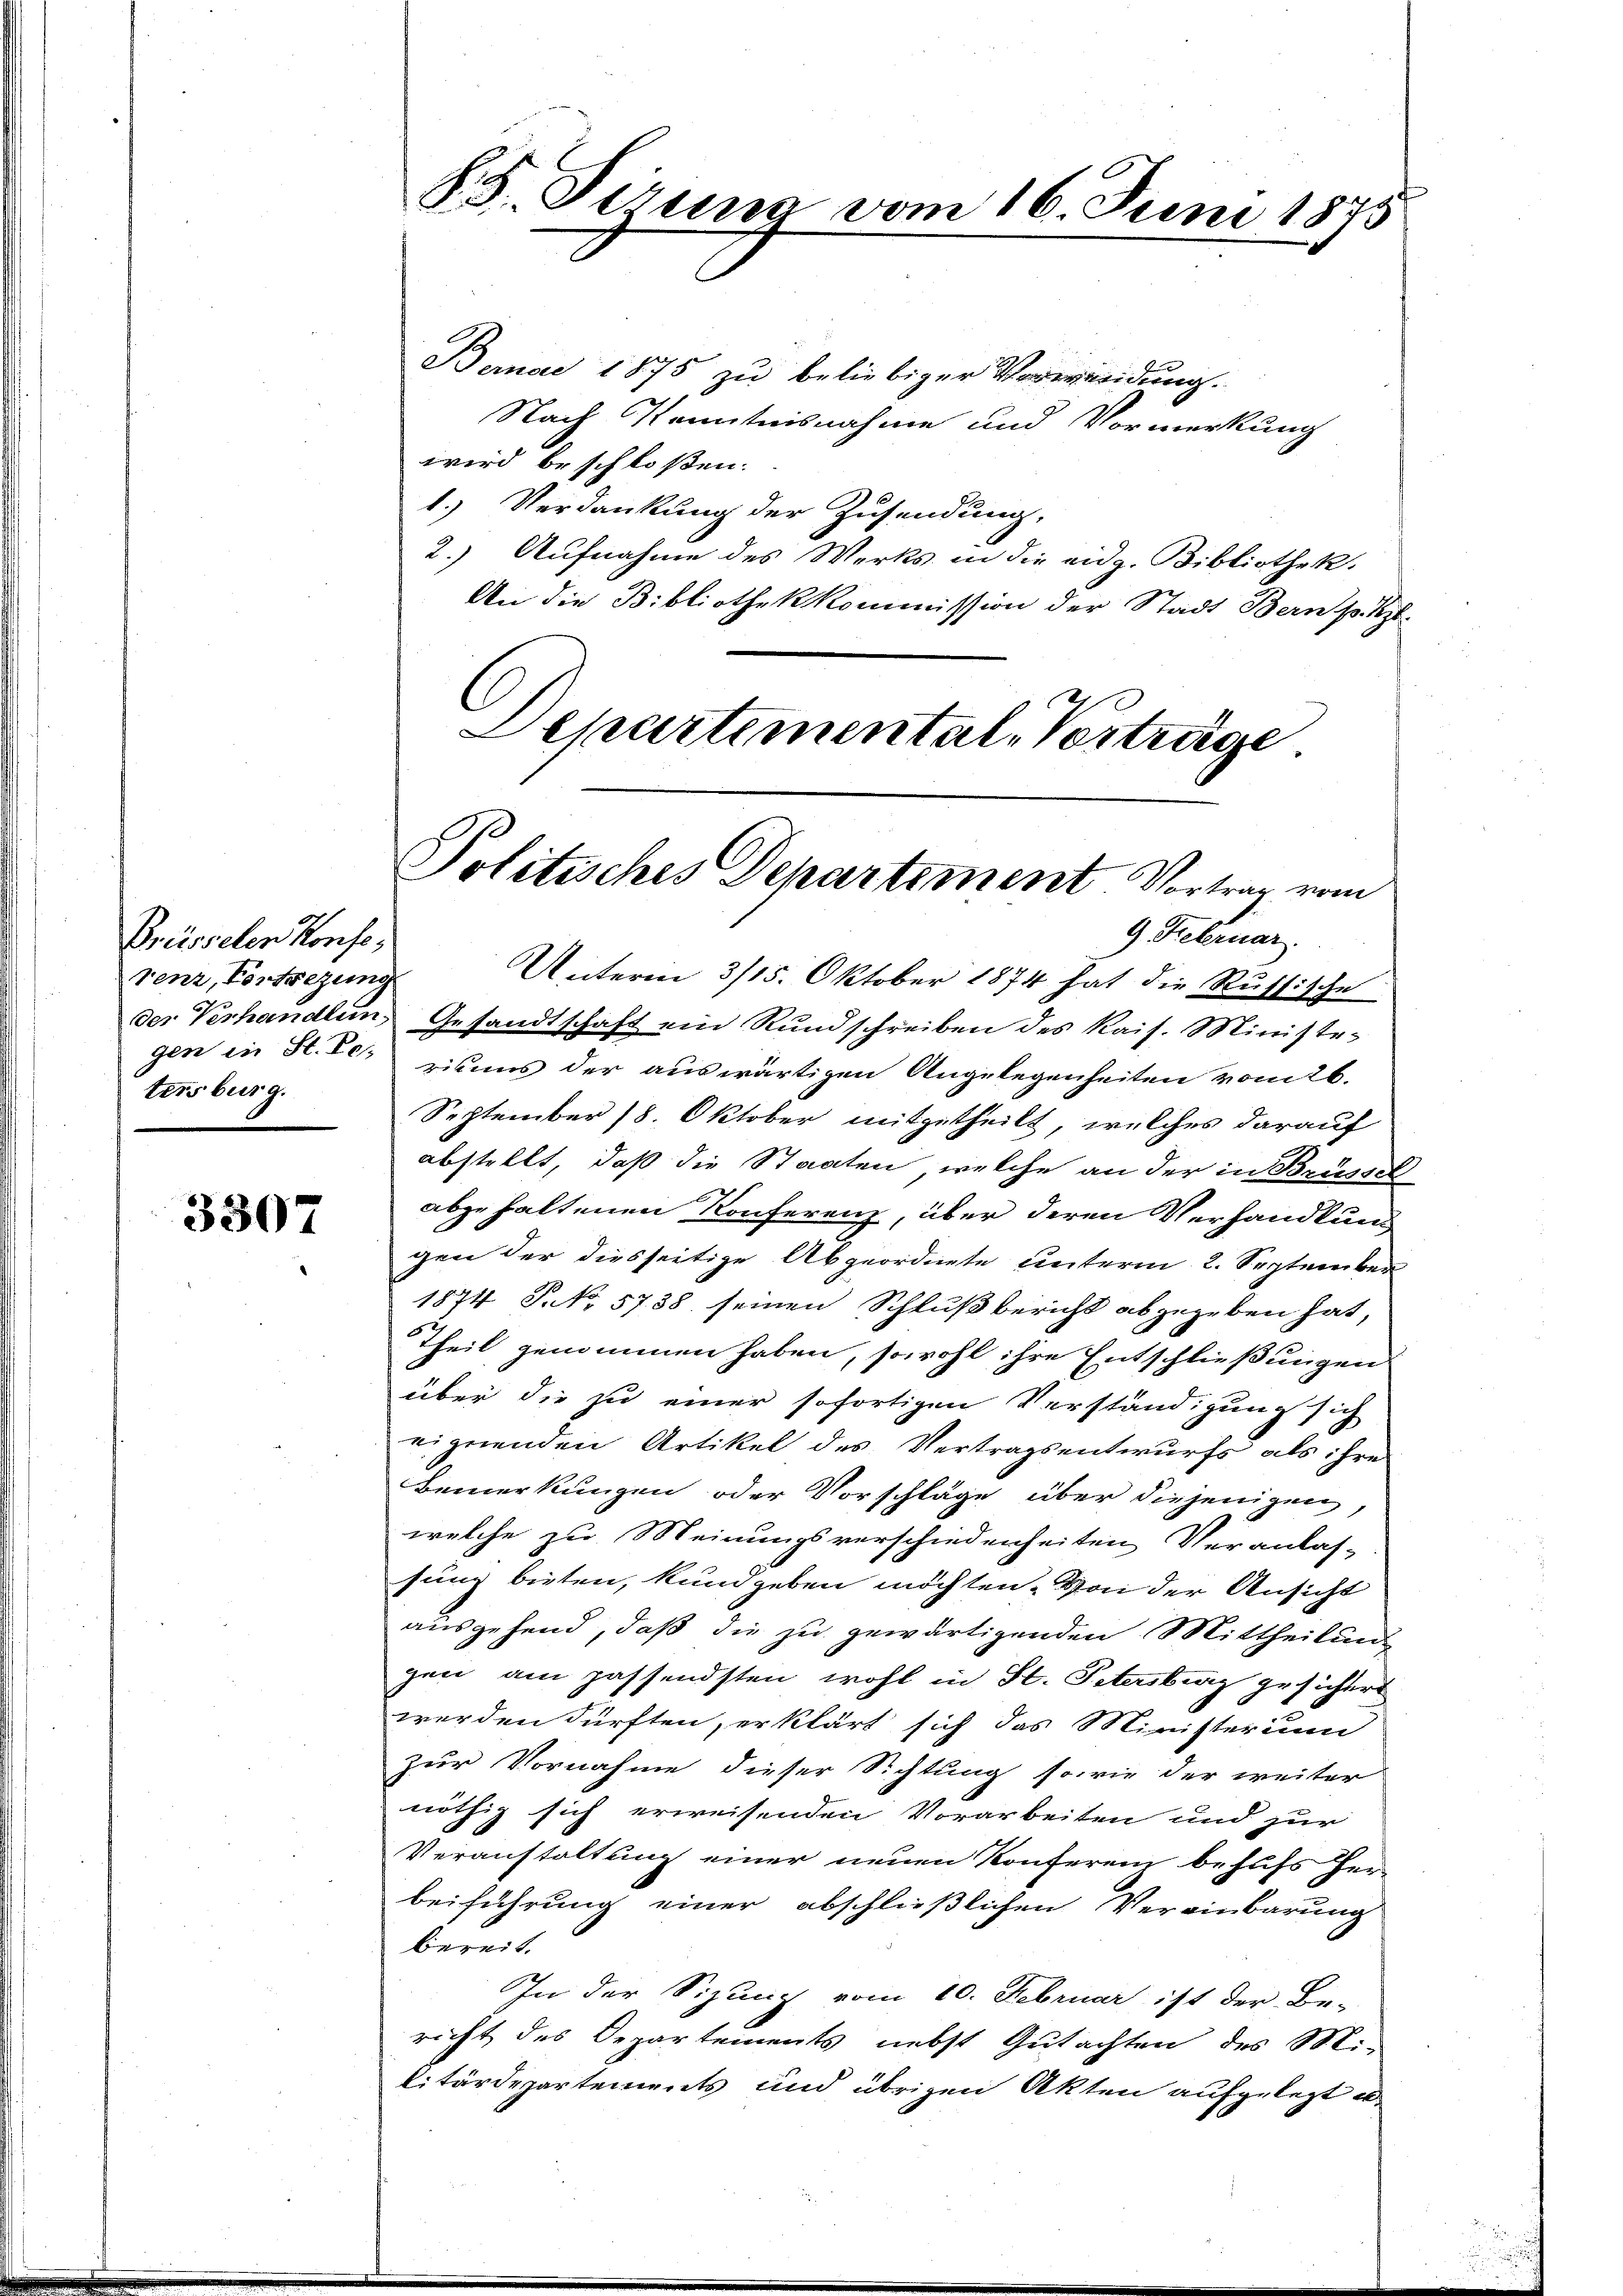
Preisselen Konse
renz, Fortsezung
tersburg.

3307

S.S. Firung vom 16. Juni 1875

Demai 1875 zu beliebiger Vorwindung.
Nach Kenntnisnahme und Vormerkung
wird beschloßen:
1.) Verdankung der Zusendung,
2.) Aufnahme des Werks in die eidg. Bibliothek.
An die Bibliothekkommission der Stadt Bern s. z.
9. Februar.
Unterm 3/15. Oktober 1874 hat die Russische
der Verhandlung Gesandtschaft ein Rundschreiben des Kais. Ministe
gen in St. Ich eisens der auswärtigen Angelegenheiten vom 26.
September 18. Oktober mitgetheilt, welches darauf
abstellt, daß die Staaten, welche an der in Brüssel
abzuhaltenen Konferenz, über deren Verhandlung
gen der diesseitige Abgeordnete unterm 2. September
1874 P. No. 5738 seinen Schlußbericht abgegeben hat,
Theil genommen haben, sowohl ihre Entschließungen
über die zu einer sofortigen Verständigung sich
eigerenden Artikel des Vertragsentwurfs als ihre
Bemerkungen oder Vorschläge über diejenigen,
welche zu Meinungsverschiedenheiten Veranlas-
sung bieten, kundgeben möchten. Von der Ansicht
ausgehend, daß die zu gewärtigenden Mittheilung
gen am passendsten wohl in St. Petersburg gesichert
werden dürften, erklärt sich das Ministerium
zur Vornahme dieser Sichtung sowie der weiter
nöthig sich erweisenden Vorarbeiten und zur
Veranstaltung einer neuen Konferenz behufs Her-
beiführung einer abschließlichen Vereinbarung
bereit.
In der Sizung vom 10. Februar ist der Be-
richt des Departements nebst Gutachten des Mi-
litärdepartements und übrigen Akten aufgelegt u.

Departemental-Verträge
Politisches Departement. Vortrag vom